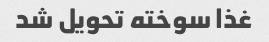
غذا سوخته تحویل شد